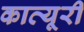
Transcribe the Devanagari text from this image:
कात्यूरी